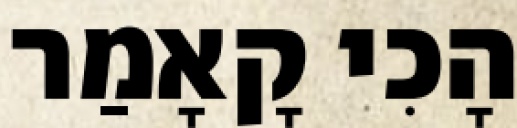
הָכִי קָאָמַר